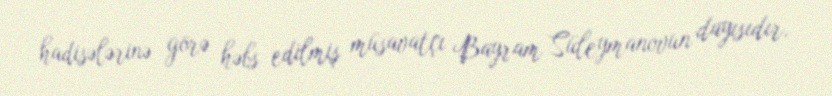
hadisələrinə görə həbs edilmiş müsavatçı Bayram Süleymanovun dayısıdır.